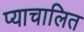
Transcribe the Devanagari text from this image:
प्याचालित